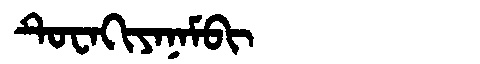
Manchu: ᡨᡠᠸᠠᡴᡳᠶᠠᠨᠠᠮᠪᡳ
Romanization: TUWAKIYANAMBI